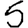
Digit: 5